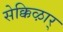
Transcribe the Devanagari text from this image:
सेक्किऴार्